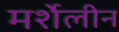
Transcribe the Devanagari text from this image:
मर्शेलीन